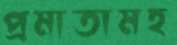
প্রমাতামহ